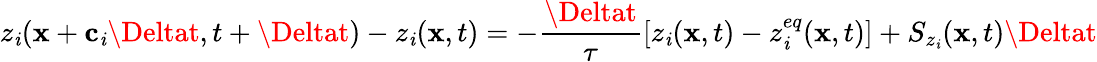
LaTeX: z_{\mathit{i}}(\mathbf{{x}}+\mathbf{{c_{\mathit{i}}}}\Deltat,t+\Deltat)-z_{\mathit{i}}(\mathbf{{x}},t)=-\frac{{\Deltat}}{{\tau}}\left[z_{\mathit{i}}(\mathbf{{x}},t)-z_{\mathit{i}}^{eq}(\mathbf{{x}},t)\right]+S_{z_{\mathit{i}}}(\mathbf{{x}},t)\Deltat